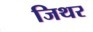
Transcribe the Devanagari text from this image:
जिथर